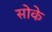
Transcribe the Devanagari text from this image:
सोके